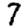
Digit: 7